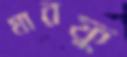
মারফু